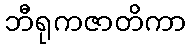
ဘီရုကဇာတိကာ